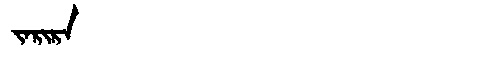
Manchu: ᠵᠠᡵᡳᡵᠠ
Romanization: JARIRA